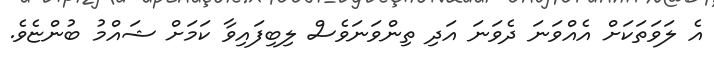
އެ ލަވަތަކަށް އެއްވަނަ ދެވަނަ އަދި ތިންވަނަވެސް ލިބިފައިވާ ކަމަށް ޝައްމު ބުންޏެވެ.